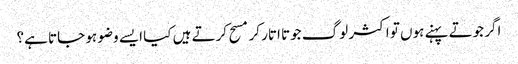
اگر جوتے پہنے ہوں تو اکثر لوگ جوتا اتار کر مسح کرتے ہیں کیا ایسے وضو ہو جاتا ہے؟